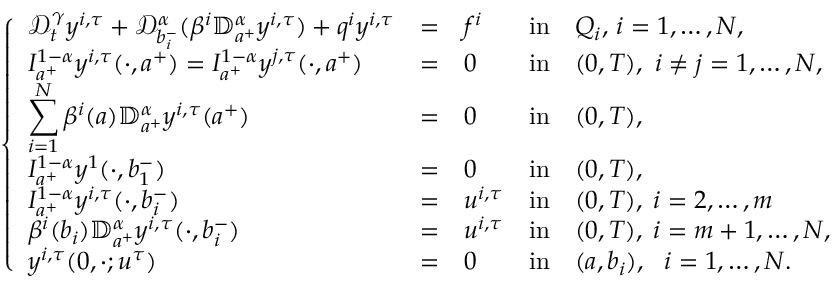
\left\{ \begin{array} { l l l l l l l l l l l l l l l l l } { \displaystyle { \mathcal D } _ { t } ^ { \gamma } y ^ { i , \tau } + \mathcal { D } _ { b _ { i } ^ { - } } ^ { \alpha } ( \beta ^ { i } \mathbb { D } _ { a ^ { + } } ^ { \alpha } y ^ { i , \tau } ) + q ^ { i } y ^ { i , \tau } } & { = } & { f ^ { i } } & { \mathrm { i n } } & { Q _ { i } , \, i = 1 , \dots , N , } \\ { \displaystyle I _ { a ^ { + } } ^ { 1 - \alpha } y ^ { i , \tau } ( \cdot , a ^ { + } ) = I _ { a ^ { + } } ^ { 1 - \alpha } y ^ { j , \tau } ( \cdot , a ^ { + } ) } & { = } & { 0 } & { \mathrm { i n } } & { ( 0 , T ) , ~ i \neq j = 1 , \dots , N , } \\ { \displaystyle \sum _ { i = 1 } ^ { N } \beta ^ { i } ( a ) \mathbb { D } _ { a ^ { + } } ^ { \alpha } y ^ { i , \tau } ( a ^ { + } ) } & { = } & { 0 } & { \mathrm { i n } } & { ( 0 , T ) , } \\ { \displaystyle I _ { a ^ { + } } ^ { 1 - \alpha } y ^ { 1 } ( \cdot , b _ { 1 } ^ { - } ) } & { = } & { 0 } & { \mathrm { i n } } & { ( 0 , T ) , } \\ { \displaystyle I _ { a ^ { + } } ^ { 1 - \alpha } y ^ { i , \tau } ( \cdot , b _ { i } ^ { - } ) } & { = } & { u ^ { i , \tau } } & { \mathrm { i n } } & { ( 0 , T ) , \; i = 2 , \dots , m } \\ { \displaystyle \beta ^ { i } ( b _ { i } ) \mathbb { D } _ { a ^ { + } } ^ { \alpha } y ^ { i , \tau } ( \cdot , b _ { i } ^ { - } ) } & { = } & { u ^ { i , \tau } } & { \mathrm { i n } } & { ( 0 , T ) , \; i = m + 1 , \dots , N , } \\ { \displaystyle y ^ { i , \tau } ( 0 , \cdot ; u ^ { \tau } ) } & { = } & { 0 } & { \mathrm { i n } } & { ( a , b _ { i } ) , ~ ~ i = 1 , \dots , N . } \end{array} \right.